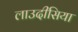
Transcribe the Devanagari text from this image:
लाउदीसिया